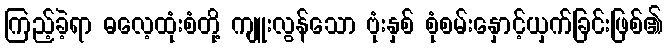
ကြည့်ခဲ့ရာ ဓလေ့ထုံးစံတို့ ကျူးလွန်သော ဗုံးနှစ် စုံစမ်းနှောင့်ယှက်ခြင်းဖြစ်၏